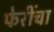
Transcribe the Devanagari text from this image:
फेरींचा